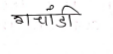
मजकूर: गचांडी